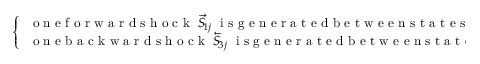
\left\{ \begin{array} { l l } { \, \mathrm { ~ o ~ n ~ e ~ f ~ o ~ r ~ w ~ a ~ r ~ d ~ s ~ h ~ o ~ c ~ k ~ } \; \overrightarrow { S } \! _ { 1 j } \; \mathrm { ~ i ~ s ~ g ~ e ~ n ~ e ~ r ~ a ~ t ~ e ~ d ~ b ~ e ~ t ~ w ~ e ~ e ~ n ~ s ~ t ~ a ~ t ~ e ~ s ~ } \; ( 1 ) \; \mathrm { ~ a ~ n ~ d ~ } \; ( j ) , } \\ { \, \mathrm { ~ o ~ n ~ e ~ b ~ a ~ c ~ k ~ w ~ a ~ r ~ d ~ s ~ h ~ o ~ c ~ k ~ } \; \overleftarrow { S } \! _ { 3 j } \; \mathrm { ~ i ~ s ~ g ~ e ~ n ~ e ~ r ~ a ~ t ~ e ~ d ~ b ~ e ~ t ~ w ~ e ~ e ~ n ~ s ~ t ~ a ~ t ~ e ~ s ~ } \; ( 3 ) \; \mathrm { ~ a ~ n ~ d ~ } \; ( j ) , } \end{array} \right.